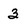
Character: 3